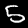
Label: 5